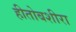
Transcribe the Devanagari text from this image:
हीतोबशीरा